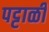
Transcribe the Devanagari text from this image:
पट्टाळी